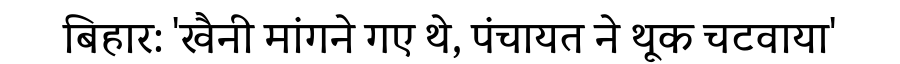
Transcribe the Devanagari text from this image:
बिहार: 'खैनी मांगने गए थे, पंचायत ने थूक चटवाया'